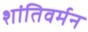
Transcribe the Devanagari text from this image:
शांतिवर्मन